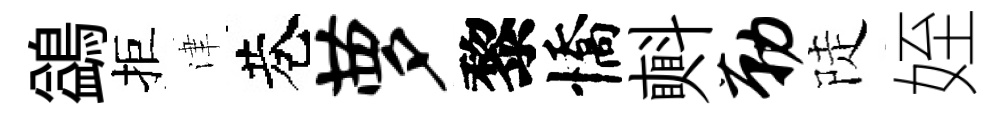
鷁拒津巷萝黎憍㪺勒陡姪